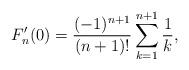
LaTeX: \begin{align*}F'_n(0)=\frac{(-1)^{n+1}}{(n+1)!}\sum_{k=1}^{n+1}\frac1k,\end{align*}